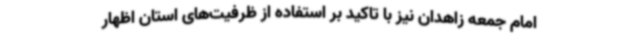
امام جمعه زاهدان نیز با تاکید بر استفاده از ظرفیت‌های استان اظهار